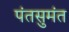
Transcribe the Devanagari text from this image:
पंतसुमंत